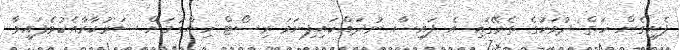
ފެށިގެން ހަތް ދުވަހުގެ ތެރޭގައި އެ ފައިސާ ނުދައްކައިފިނަމަ ރިސޯޓް ހިންގުމަށް ސަރުކާރާއެކުވެފައިވާ